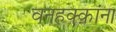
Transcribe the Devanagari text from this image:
वनहक्कांना